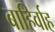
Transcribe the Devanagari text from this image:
बाहिर्वाह